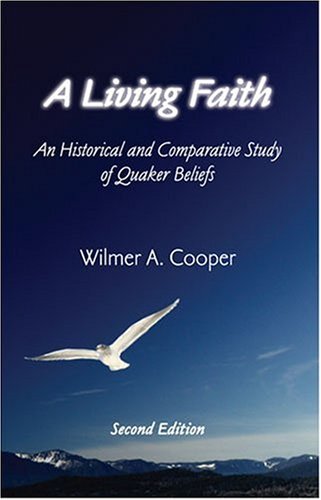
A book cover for A Living Faith: An Historical and Comparative Study of Quaker Beliefs, 2nd Edition; Wilmer A. Cooper; Christian Books & Bibles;